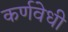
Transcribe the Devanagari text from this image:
कर्णवेधी